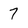
Character: 7